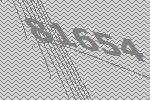
81654